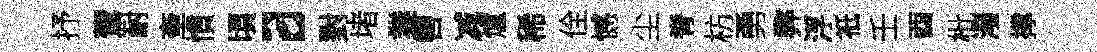
抒鷟耐奎慣頃a對堵業轡减爐稀佺憾尘脊枋勇弊浮祇壬酉枇潑撑